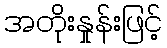
အတိုးနှုန်းဖြင့်